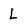
Character: L